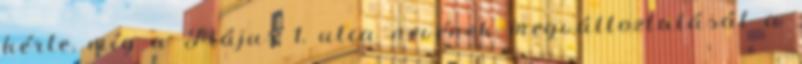
kérte, míg a Május 1. utca nevének megváltoztatását a